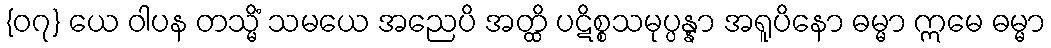
{၀၇} ယေ ဝါပန တသ္မိံ သမယေ အညေပိ အတ္ထိ ပဋိစ္စသမုပ္ပန္နာ အရူပိနော ဓမ္မာ ဣမေ ဓမ္မာ